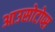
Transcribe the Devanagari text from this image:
आउसोटोप्स